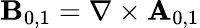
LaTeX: \mathbf{B}_{0,1}=\nabla\times\mathbf{A}_{0,1}